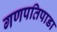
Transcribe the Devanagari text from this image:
गणपतिपाडा